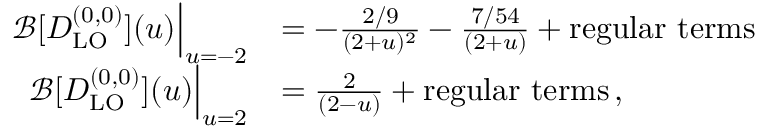
\begin{array} { r l } { \mathcal { B } [ D _ { \mathrm { L O } } ^ { ( 0 , 0 ) } ] ( u ) \Big | _ { u = - 2 } } & { = - \frac { 2 / 9 } { ( 2 + u ) ^ { 2 } } - \frac { 7 / 5 4 } { ( 2 + u ) } + \mathrm { r e g u l a r ~ t e r m s } } \\ { \mathcal { B } [ D _ { \mathrm { L O } } ^ { ( 0 , 0 ) } ] ( u ) \Big | _ { u = 2 } } & { = \frac { 2 } { ( 2 - u ) } + \mathrm { r e g u l a r ~ t e r m s } \, , } \end{array}